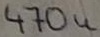
Text: 470u